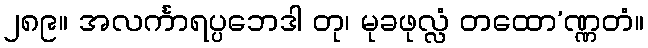
၂၈၉။ အလင်္ကာရပ္ပဘေဒါ တု၊ မုခဖုလ္လံ တထော’ဏ္ဏတံ။